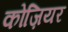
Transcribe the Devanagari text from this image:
कोज़ियर